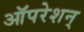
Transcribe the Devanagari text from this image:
ऑपरेशन्